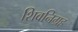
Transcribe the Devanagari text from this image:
शिवनिग्रह